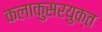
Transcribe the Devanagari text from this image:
कलाकुसरयुक्त